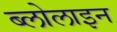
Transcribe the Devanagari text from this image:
ब्लोलाइन